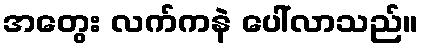
အတွေး လက်ကနဲ ပေါ်လာသည်။